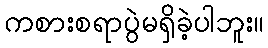
ကစားစရာပွဲမရှိခဲ့ပါဘူး။